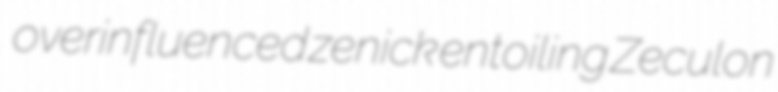
overinfluenced zenick entoiling Zeculon